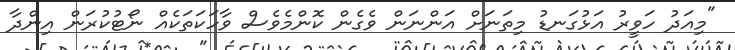
"މިއަދު ހަވީރު އަޅުގަނޑު މިތަނަށް އަންނަން ވެގެން ކޮންމެވެސް ވާހަކަތަކެއް ނޯޓުކުރަން އިންދާ